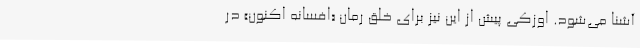
آشنا می‌شود. اوزکی پیش از این نیز برای خلق رمان «افسانه اکنون» در